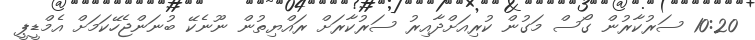
10:20 ސަރުކާރުން ގޯސް މަގުން ކުރިއަށްދާއިރު ސަރުކާރަށް ރައްޔިތުން ނޫނެކޭ ބުނަންޖެހޭކަމަށް އެމްޑީޕީ